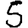
Digit: 5